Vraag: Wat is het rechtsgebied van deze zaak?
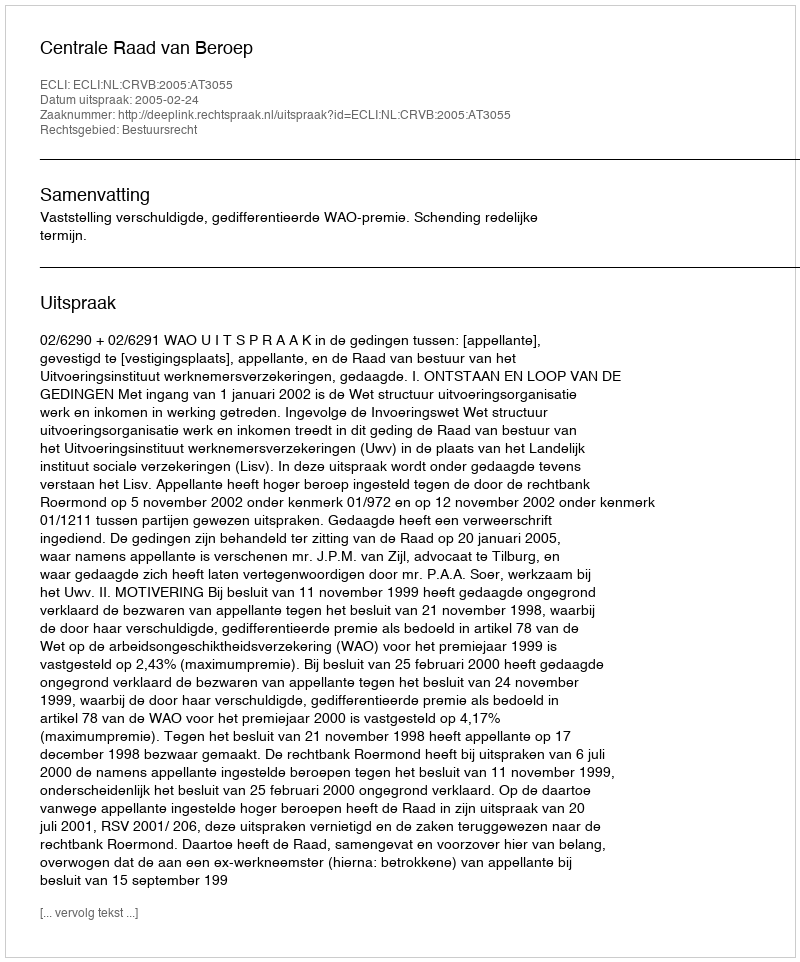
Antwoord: Bestuursrecht